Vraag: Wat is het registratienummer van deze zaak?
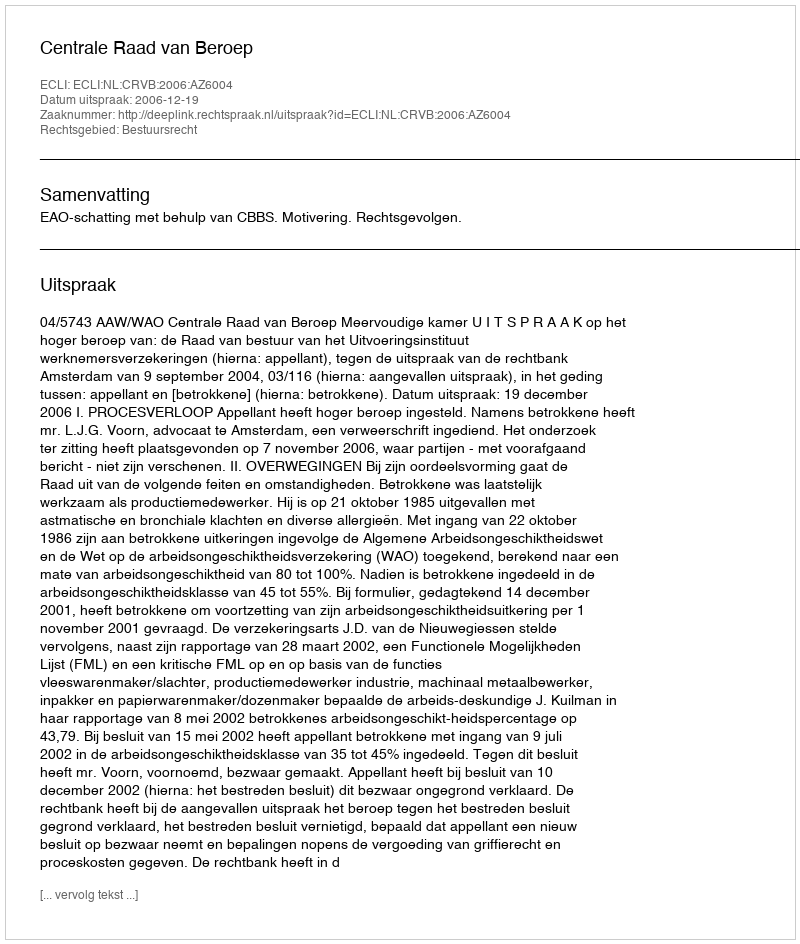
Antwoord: http://deeplink.rechtspraak.nl/uitspraak?id=ECLI:NL:CRVB:2006:AZ6004